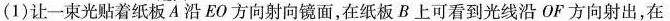
(1)让一束光贴着纸板A沿EO方向射向镜面，在纸板B上可看到光线沿OF方向射出，在